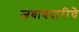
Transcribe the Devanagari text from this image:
जवाबदारीचे